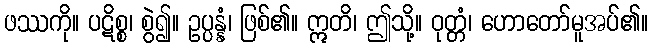
ဖဿကို။ ပဋိစ္စ၊ စွဲ၍။ ဥပ္ပန္နံ၊ ဖြစ်၏။ ဣတိ၊ ဤသို့။ ဝုတ္တံ၊ ဟောတော်မူအပ်၏။